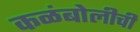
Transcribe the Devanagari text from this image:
कळंबोलीची